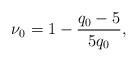
\begin{align*}\nu_0=1-\frac{q_0-5}{5q_0}, \end{align*}